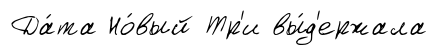
Да́та Но́вый Тр'и вы́д'ержала